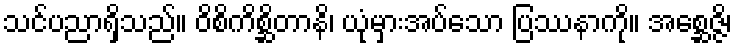
သင်ပညာရှိသည်။ ဝိစိကိစ္ဆိတာနိ၊ ယုံမှားအပ်သော ပြဿနာကို။ အစ္ဆေဇ္ဇိ၊